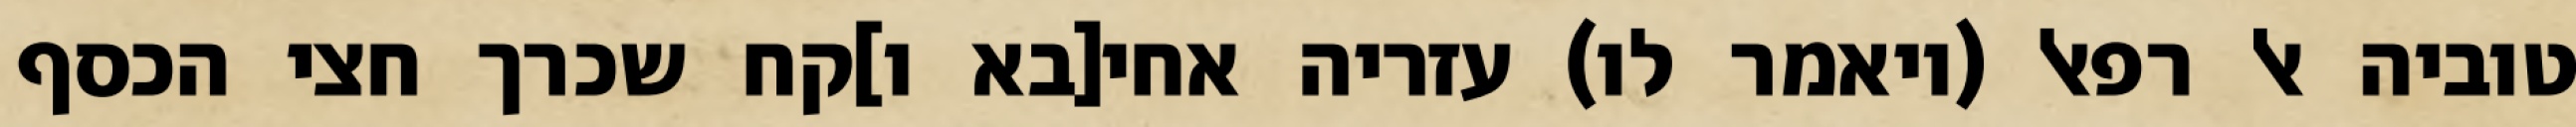
טוביה אל רפאל (ויאמר לו) עזריה אחי[בא ו]קח שכרך חצי הכסף